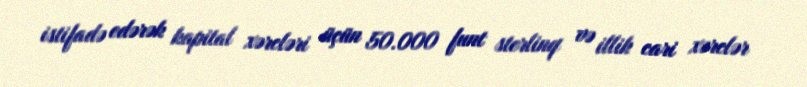
istifadə edərək kapital xərcləri üçün 50.000 funt sterlinq və illik cari xərclər